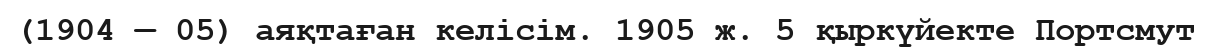
(1904 — 05) аяқтаған келісім. 1905 ж. 5 қыркүйекте Портсмут